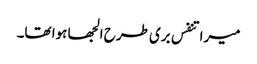
میرا تنفس بری طرح الجھا ہوا تھا۔